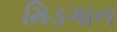
મિડગાન